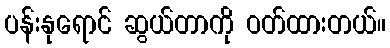
ပန်းနုရောင် ဆွယ်တာကို ဝတ်ထားတယ်။